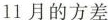
11月的方差